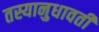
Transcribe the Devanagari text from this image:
तस्यानुधावती